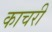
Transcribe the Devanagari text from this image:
काचरी